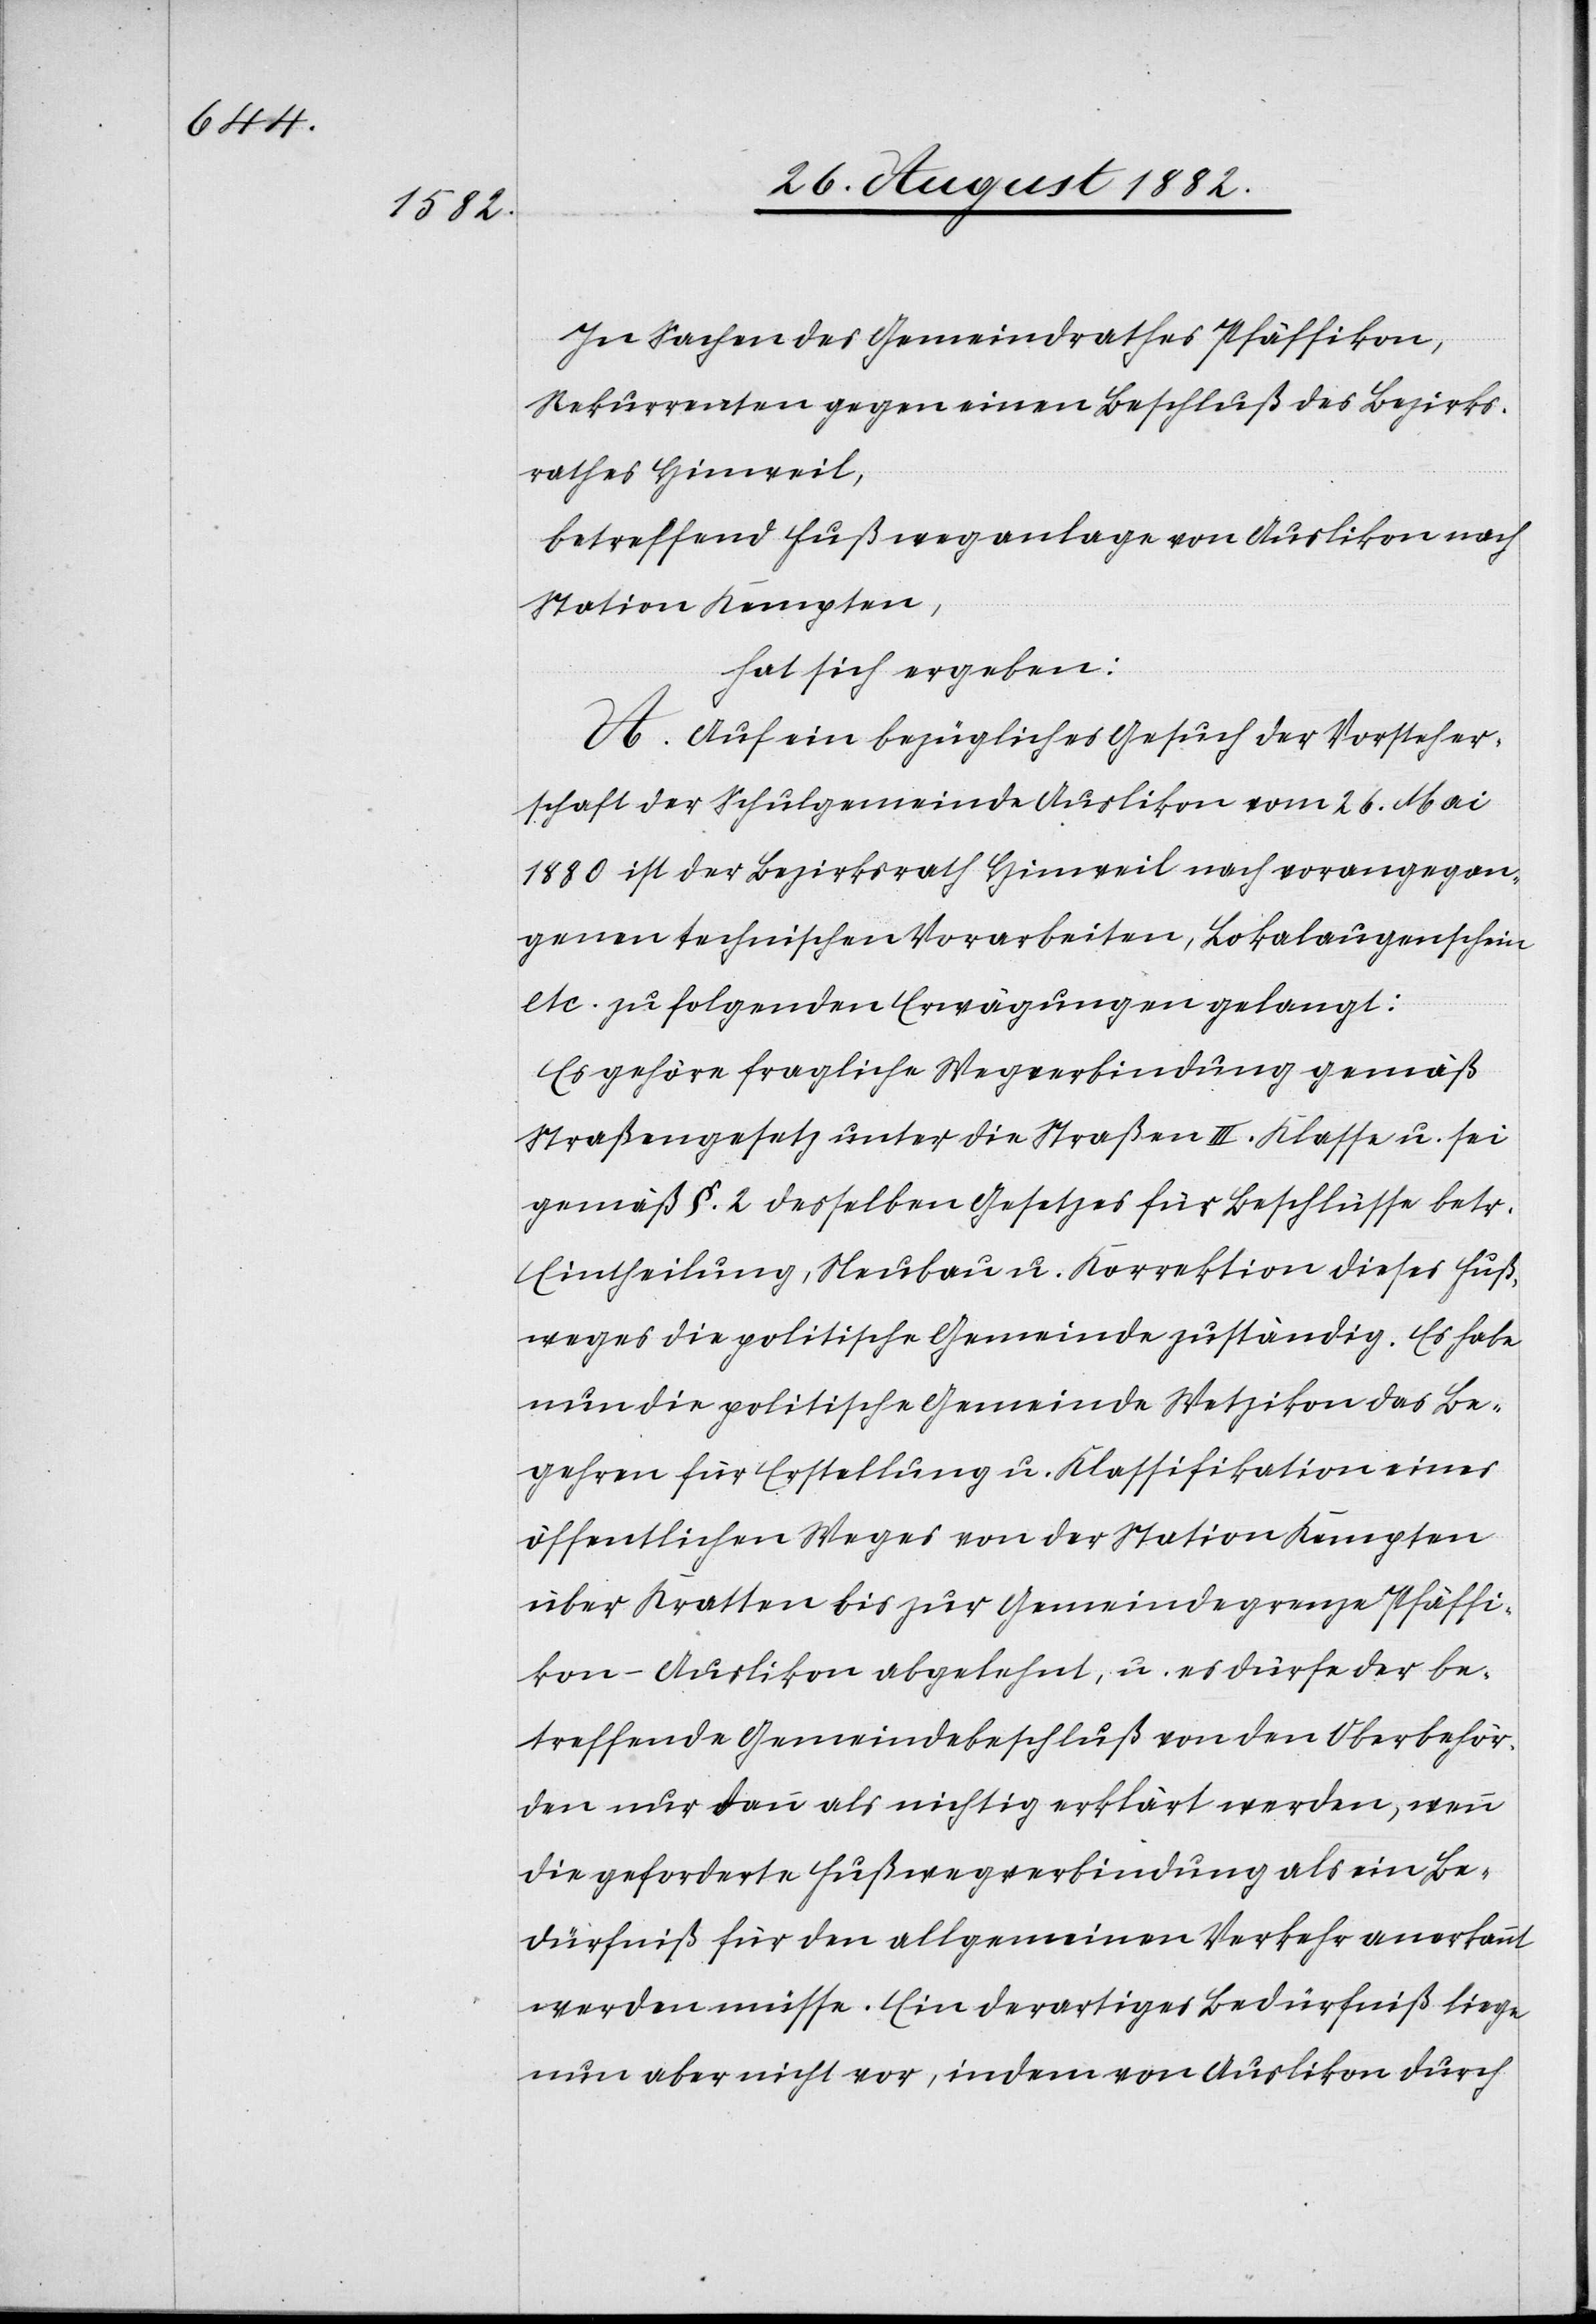
In Sachen des Gemeindrathes Pfäffikon,
Rekurrenten gegen einen Beschluß des Bezirks¬
rathes Hinweil,
betreffend Fußweganlage von Auslikon nach
Station Kempten,
hat sich ergeben:
A. Auf ein bezügliches Gesuch der Vorsteher¬
schaft der Schulgemeinde Auslikon vom 26. Mai
1880 ist der Bezirksrath Hinweil nach vorangegan¬
genen technischen Vorarbeiten, Lokalaugenschein
etc. zu folgenden Erwägungen gelangt:
Es gehöre fragliche Wegverbindung gemäß
Straßengesetz unter die Straßen III. Klasse u. sei
gemäß §. 2 desselben Gesetzes für Beschlüsse betr.
Eintheilung, Neubau u. Korrektion dieses Fuß¬
weges die politische Gemeinde zuständig. Es habe
nun die politische Gemeinde Wetzikon das Be¬
gehren für Erstellung u. Klassifikation eines
öffentlichen Weges von der Station Kempten
über Kratten bis zur Gemeindegrenze Pfäffi¬
kon-Auslikon abgelehnt, u. es dürfe der be¬
treffende Gemeindebeschluß von den Oberbehör¬
den nur dann als nichtig erklärt werden, wenn
die geforderte Fußwegverbindung als ein Be¬
dürfniß für den allgemeinen Verkehr anerkannt
werden müsse. Ein derartiges Bedürfniß liege
nun aber nicht vor, indem von Auslikon durch